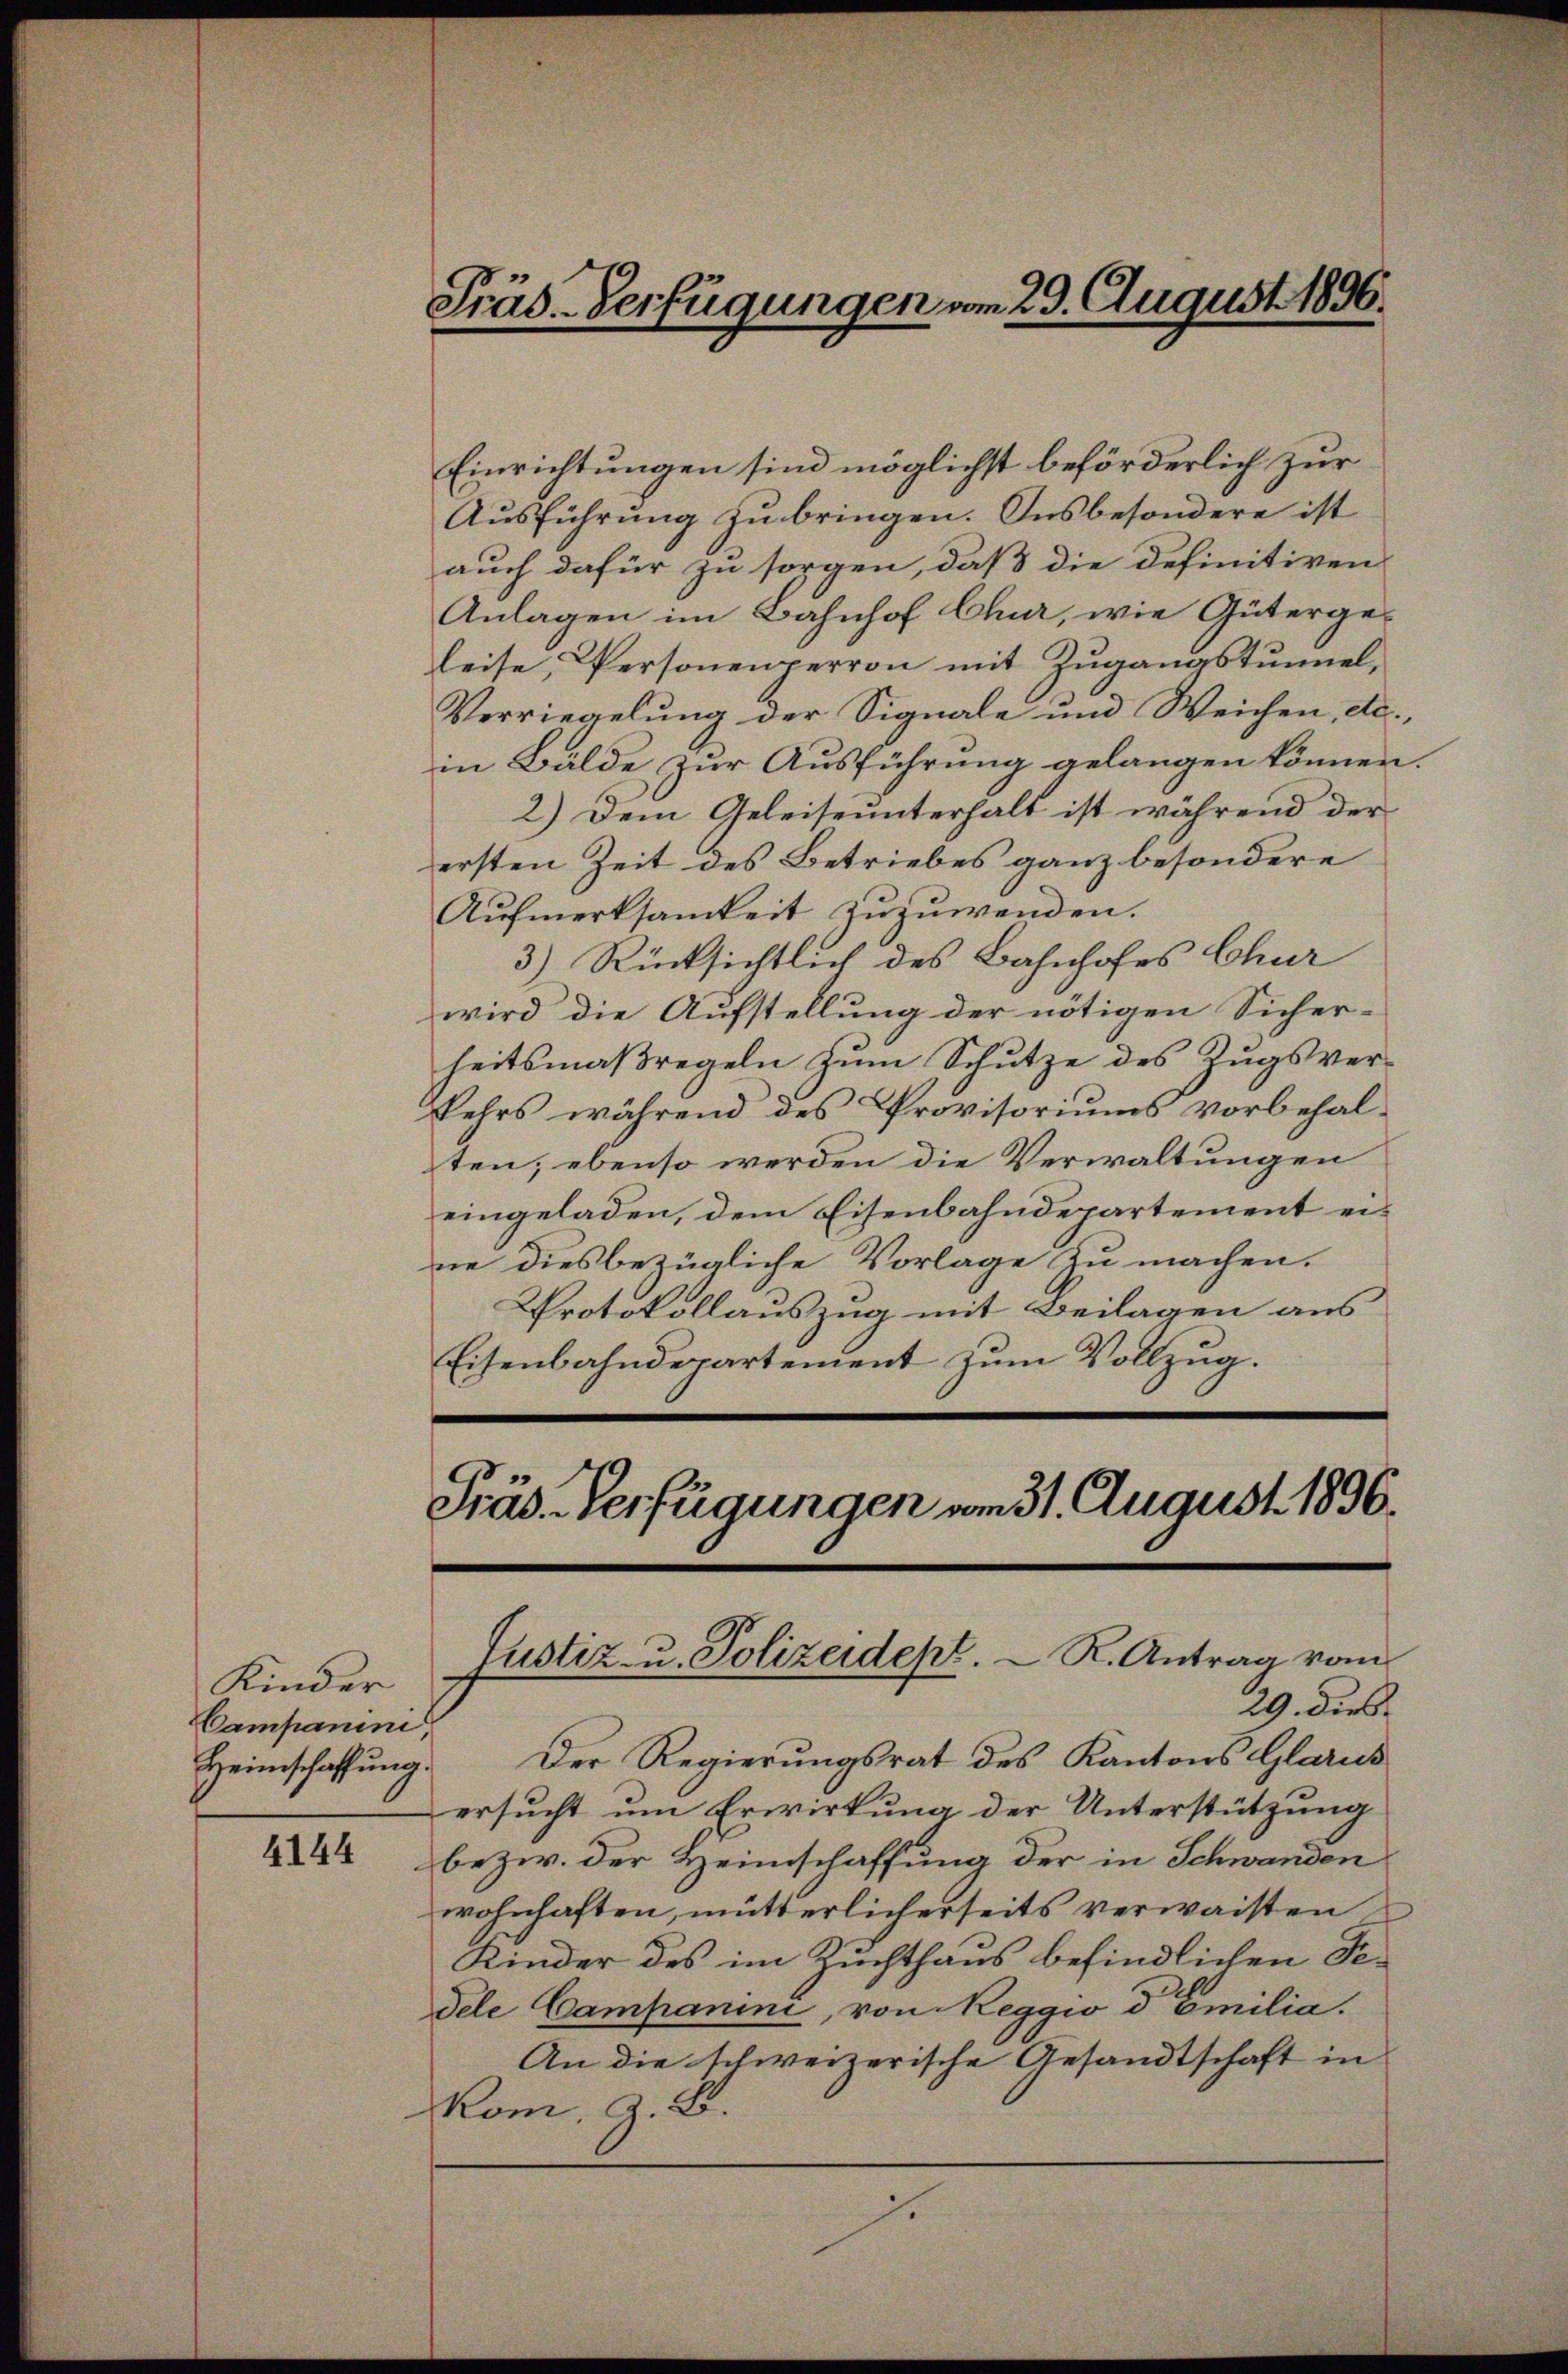
Kinder
Campanini,
Heimschaffung.

4144

Präs. Verfügungen am 29. August 1896.

Einrichtungen sind möglichst beförderlich zur
Ausführung zu bringen. Insbesondere ist
auch dafür zu sorgen, daß die definitiven
Anlagen im Bahnhof Chur, wie Gütergeleise, Personenperron mit Zugangstunnel,
Verriegelung der Signale und Weichen, etc.,
in Bälde zur Ausführung gelangen können.
2.) Dem Geleiseunterhalt ist während der
ersten Zeit des Betriebes ganz besondere
Aufmerksamkeit zuzuwenden.
3.) Rücksichtlich des Bahnhofes Chur
wird die Aufstellung der nötigen Sicher-
heitsmaßregeln zum Schutze des Zugsverkehrs während des Provisoriums vorbehalten; ebenso werden die Verwaltungen
eingeladen, dem Eisenbahndepartement eine diesbezügliche Vorlage zu machen.
Protokollauszug mit Beilagen aus
Eisenbahndepartement zum Vollzug.

Präs. Verfügungen vom 31. August 1836.
Justiz- u. Polizeidept. R. Antrag vom
29. dies

Der Regierungsrat des Kantons Glarus
ersucht um Erwirkung der Unterstützung
bezw. der Heimschaffung der in Schwanden
wohnhaften, mütterlicherseits verwaisten
Kinder des im Zuchthaus befindlichen Sedele Campanini, von Reggio d Emilia.
An die schweizerische Gesandtschaft in
Kom, z. B.
.